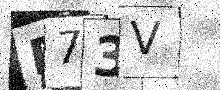
Text: P73V